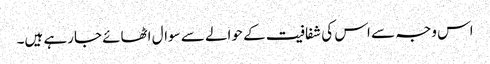
اس وجہ سے اس کی شفافیت کے حوالے سے سوال اٹھائے جارہے ہیں۔